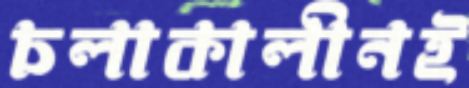
চলাকালীনই